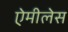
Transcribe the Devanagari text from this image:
ऐमीलेस